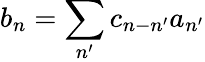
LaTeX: b_{n}=\sum_{n^{\prime}}c_{n-n^{\prime}}a_{n^{\prime}}